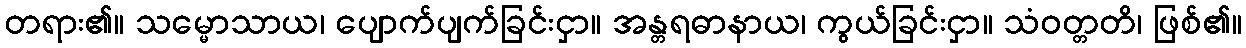
တရား၏။ သမ္မောသာယ၊ ပျောက်ပျက်ခြင်းငှာ။ အန္တရဓာနာယ၊ ကွယ်ခြင်းငှာ။ သံဝတ္တတိ၊ ဖြစ်၏။